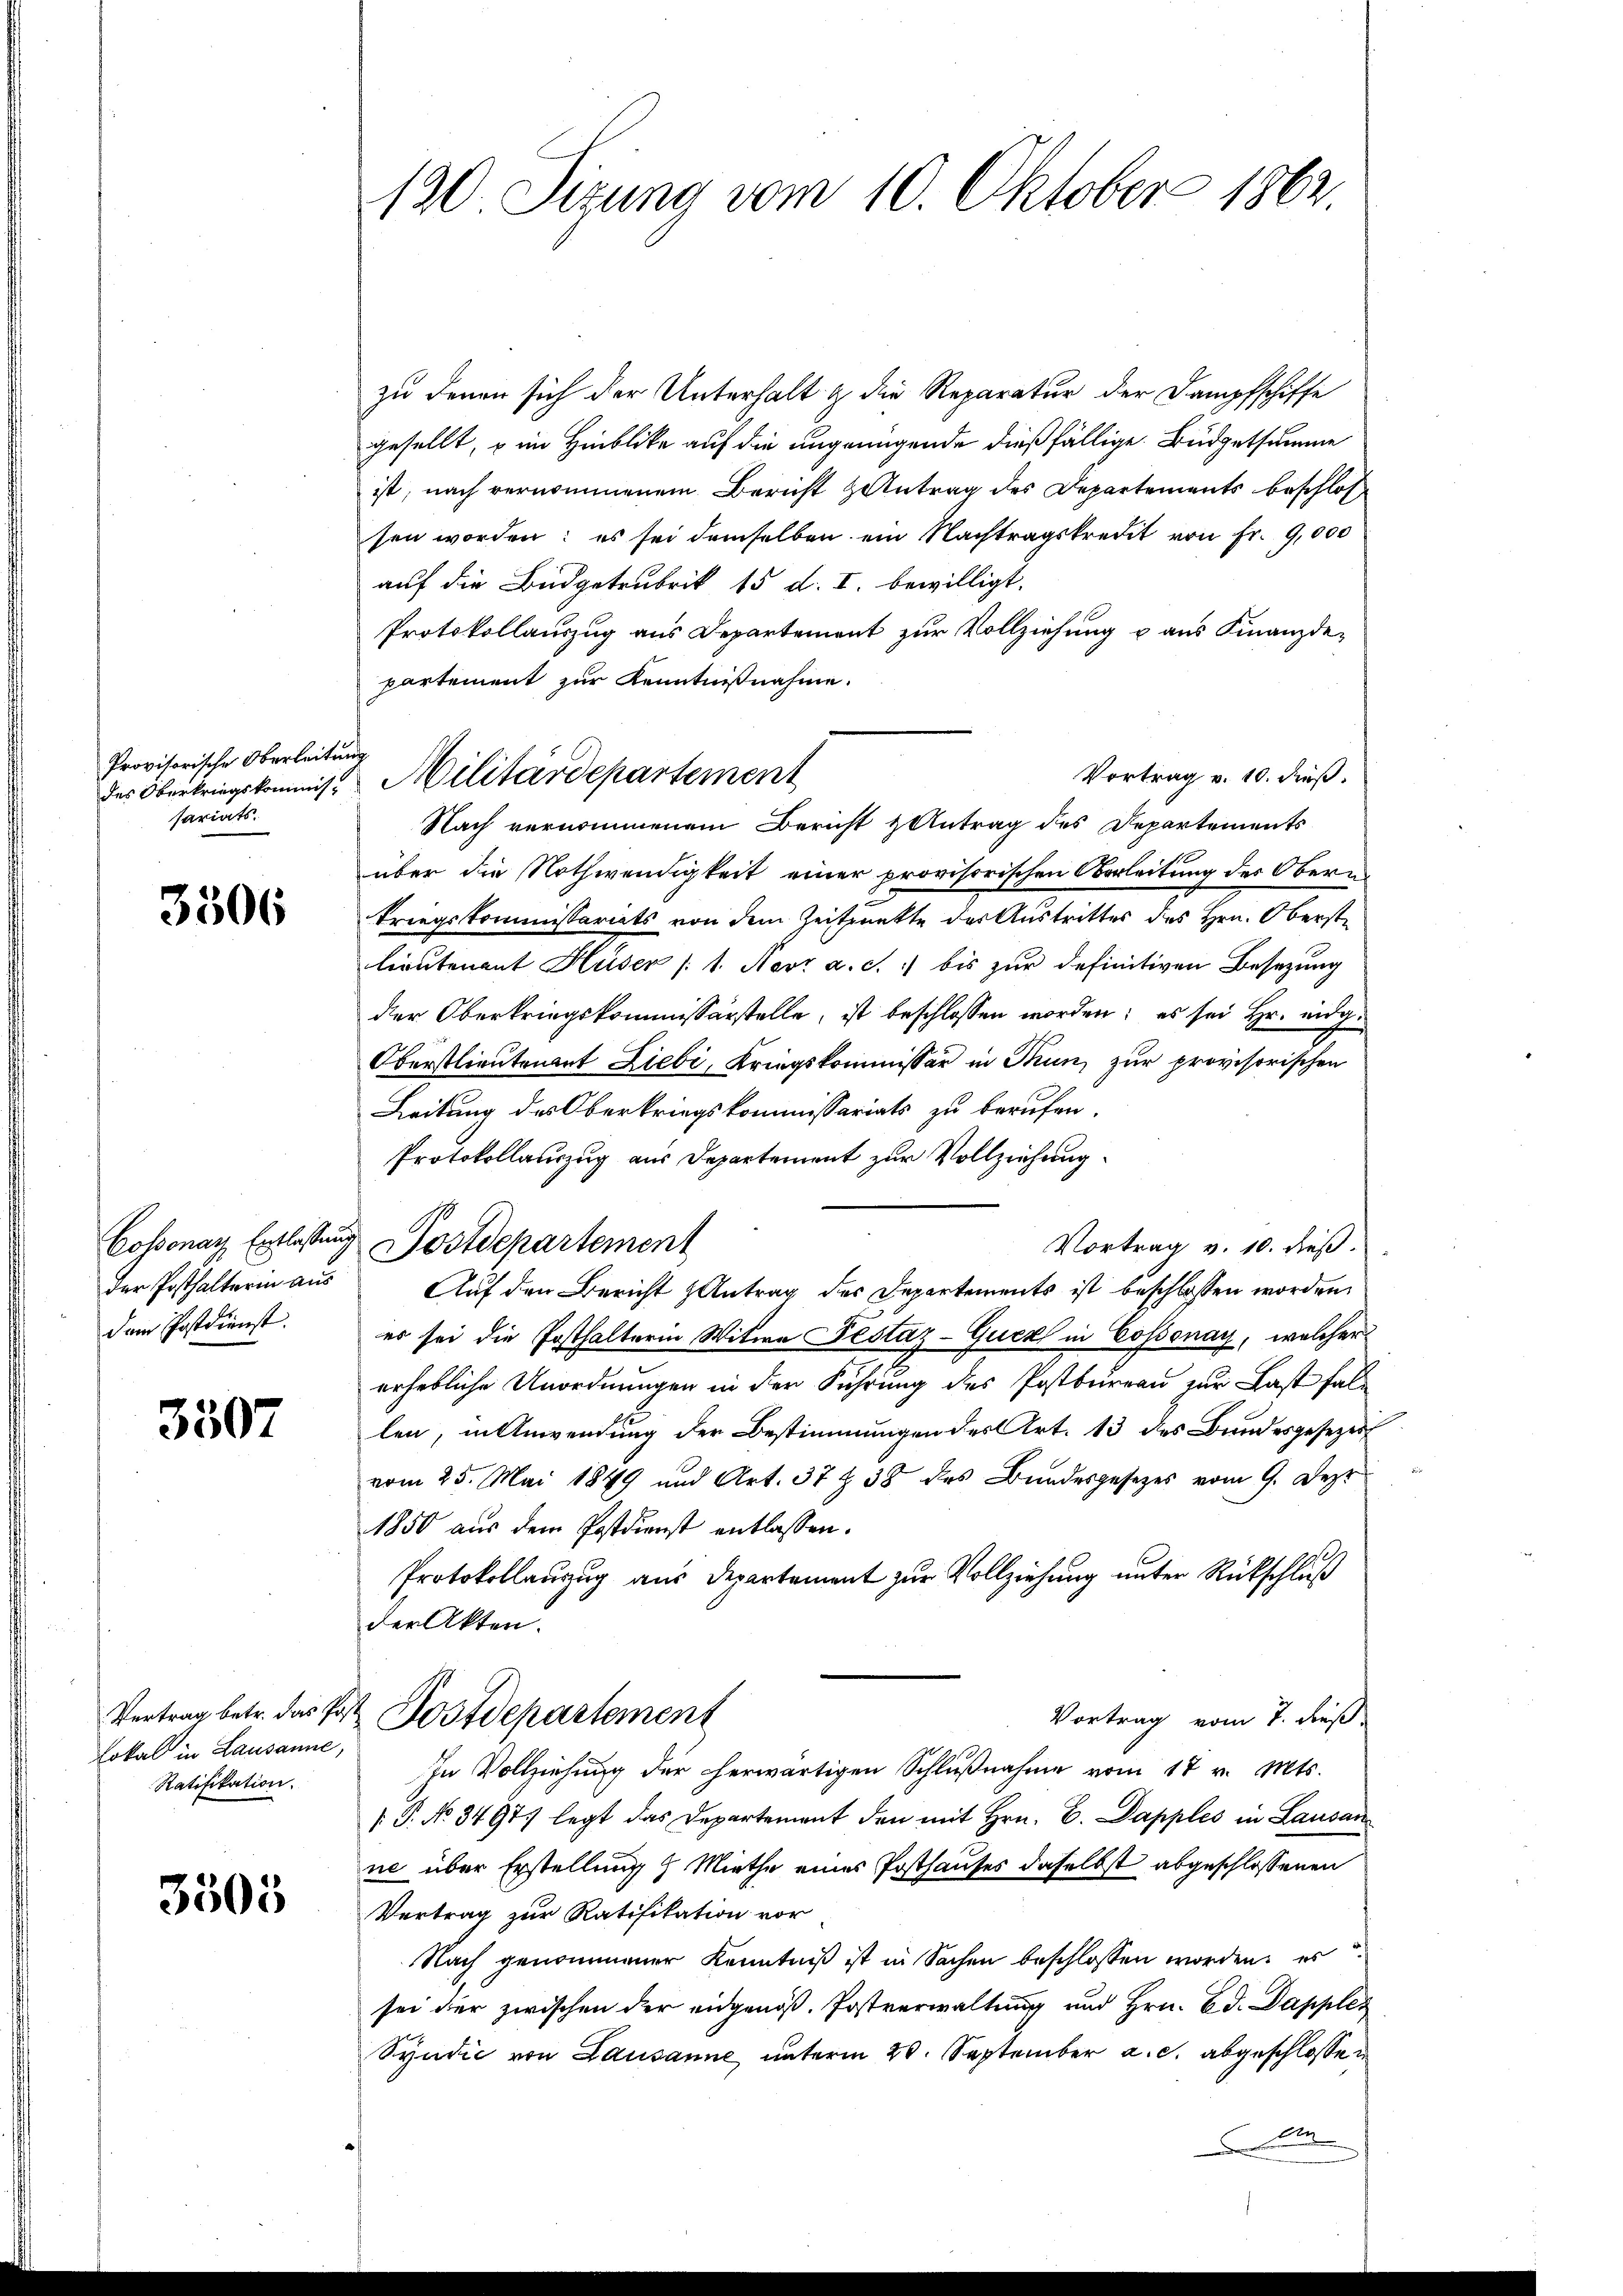
Provisorische Oberleitung
sariats.

3306

der Posthalterin aus
dem Postdienst.

3507

Vertrag betr. das Post
Lokal in Lausanne,
Ratifikation.

3505

130. Sitzung vom 10. Oktober 1862

des Oberkriegskommis. Militärdepartement

zu denen sich der Unterhalt & die Reparatur der Dampfschiffe
gesellt, u im Hinblicke auf die ungenügende dießfällige Büdgetsumme
ist; nach vernommenem Bericht Antrag des Departements beschlossen worden; es sei demselben ein Nachtragskredit von fr. 9,000
auf die Büdgetrubrik 15 d. I. bewilligt.
Protokollauszug aus Departement zur Vollziehung u aus Finanzde-
partement zur Kenntnißnahme.
Vortrag v. 10. dieß.
Nach vernommenem Bericht & Antrag des Departements
über die Nothwendigkeit einer provisorischen Oberleitung des Obertriegskommissariats von dem Zeitpunkte des Austrittes des Hrn. Oberste
lieutenant Huser /: 1. Nov. a. c. bis zur definitiven Besetzung
der Oberkriegskommissarstelle, ist beschlossen worden; es sei Hr. eidg.
Oberstlieutenant Liebi, Kriegskommissär in Thun, zur provisorischen
Leitung des Oberkriegskommissariats zu berufen.
Protokollauszug aus Departement zur Vollziehung.
Cossonay Entlassung Postdepartement
Vortrag v. 10. dieß.
Auf den Bericht Antrag des Departements ist beschlossen worden
es sei die Posthalterin Witwe Pestaz-Guck in Cossonay, welcher
erhebliche Unordnungen in der Führung des Postbureau zur Last fallen, in Anwendung der Bestimmungen des Art. 13 des Bundesgesezes
vom 25. Mai 1849 und Art. 37 & 38 des Bundesgesetzes vom 9. Deze
1850 aus dem Postdienst entlassen.
Protokollauszug aus Departement zur Vollziehung unter Rückschluß
der Akten.
Vortrag vom 7. dieß
Postdepartement
In Vollziehŭng der herwärtigen Schlŭβnahme vom 17 v. Mts.
[.P. No. 3497. legt das Departement den mit Hrn. C. Dapples in Lausan
ne über Erstellung Miethe eines Posthauses daselbst abgeschlossenen
Vertrag zur Ratifikation vor
Nach genommener Kenntniß ist in Sachen beschlossen worden, es
sei der zwischen der eidgenöß. Postverwaltung und Hrn. Ed. Dapples
Syndić von Lausanne unterm 20. September a. c. abgeschlossen
An
.